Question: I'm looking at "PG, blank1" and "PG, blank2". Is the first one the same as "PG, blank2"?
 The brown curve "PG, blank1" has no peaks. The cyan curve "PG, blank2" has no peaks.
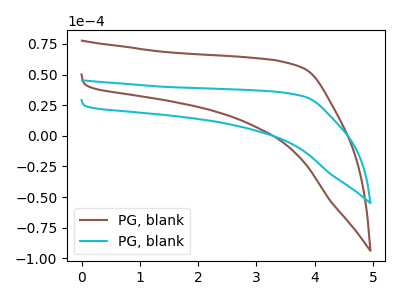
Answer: <think>Neither "PG, blank1" or "PG, blank2" have any peaks.
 </think>
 <answer>"PG, blank1" and "PG, blank2" are similar in shape.</answer>
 <eval>same_shape</eval>